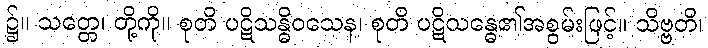
၌။ သတ္တေ၊ တို့ကို။ စုတိ ပဋိသန္ဓိဝသေန၊ စုတိ ပဋိသန္ဓေ၏အစွမ်းဖြင့်။ သိဗ္ဗတိ၊